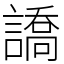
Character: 譑